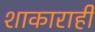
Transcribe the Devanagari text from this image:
शाकाराही